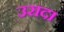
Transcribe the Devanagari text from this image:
उरादा